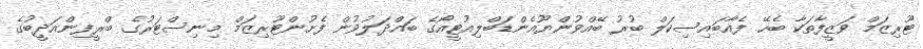
ޓޫރިޒަމް ވަޒީފާތަކާ ބެހޭ ފެއާބައިސިކަލް ބުރު ބޭއްވުންޔޫއެންޑަބްލިއުޓީއޯގެ ބައްދަލުވުން ފެށުންޓޫރިޒަމް މިނިސްޓަރުގެ ބްރީފިންއަދީބުގެ